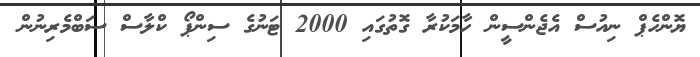
ޔޮންހެޕް ނިއުސް އެޖެންސީން ހާމަކުރާ ގޮތުގައި 2000 ޓަނުގެ ސިންޕޯ ކްލާސް ސަބްމެރިނުން